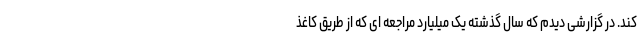
کند. در گزارشی دیدم که سال گذشته یک میلیارد مراجعه ای که از طریق کاغذ